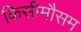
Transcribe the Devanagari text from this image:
किसीमौसम